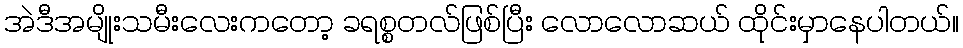
အဲဒီအမျိုးသမီးလေးကတော့ ခရစ္စတလ်ဖြစ်ပြီး လောလောဆယ် ထိုင်းမှာနေပါတယ်။